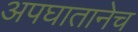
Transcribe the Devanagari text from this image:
अपघातानेच